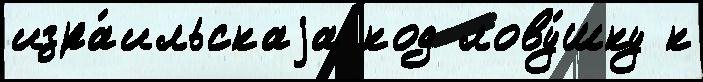
изра́ильскаjа код лову́шку к